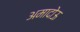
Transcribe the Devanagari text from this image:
अमादोऊ